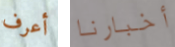
أعرف أخبارنا